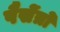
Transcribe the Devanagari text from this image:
पैसेंत्रो